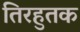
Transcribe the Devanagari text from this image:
तिरहुतक